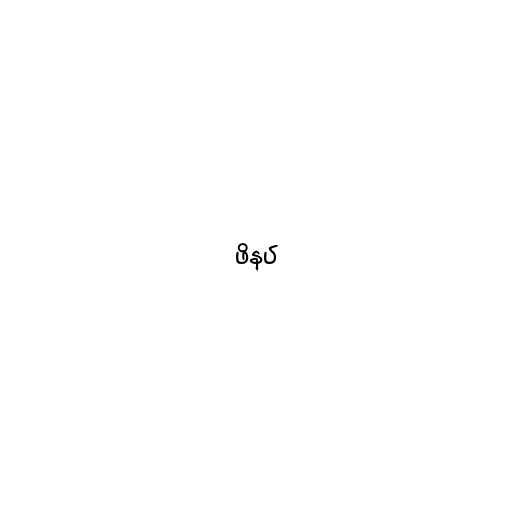
ဖိနပ်